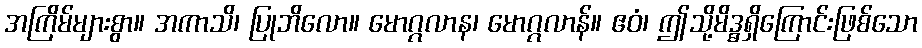
အကြိမ်များစွာ။ အကာသိ၊ ပြုဘိလော။ မောဂ္ဂလာန၊ မောဂ္ဂလာန်။ ဧဝံ၊ ဤသို့မိဒ္ဓရှိကြောင်းဖြစ်သော